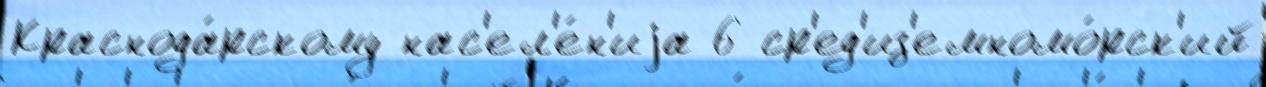
Краснода́рскому нас'ел'е́н'иjа 6 ср'ед'из'емномо́рск'ий